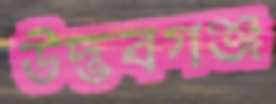
উদ্ভবগঞ্জ